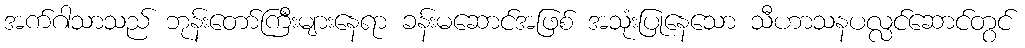
အက်ဂါသာသည် ဘုန်းတော်ကြီးများနေရာ ခန်းမဆောင်အဖြစ် အသုံးပြုနေသော သီဟာသနပလ္လင်ဆောင်တွင်